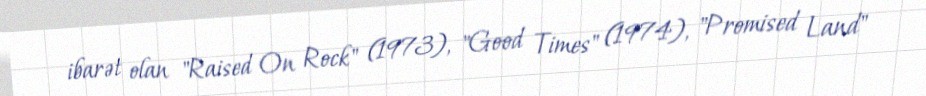
ibarət olan "Raised On Rock" (1973), "Good Times" (1974), "Promised Land"